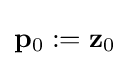
\mathbf {p} _{0}:=\mathbf {z} _{0}